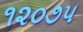
૧૨૦૭૫